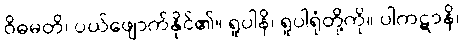
ဝိဓမတိ၊ ပယ်ဖျောက်နိုင်၏။ ရူပါနိ၊ ရူပါရုံတို့ကို။ ပါကဋာနိ၊